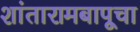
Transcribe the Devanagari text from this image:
शांतारामबापूचा